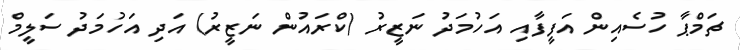
ޗަމްޕާ ހުސެއިން އަފީފާއި އަހުމަދު ނަޒީރު (ކްރައުން ނަޒީރު) އަދި އަހުމަދު ސަލީމް